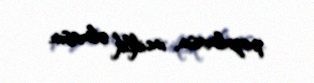
pozulmasın, inciklik olmasın.